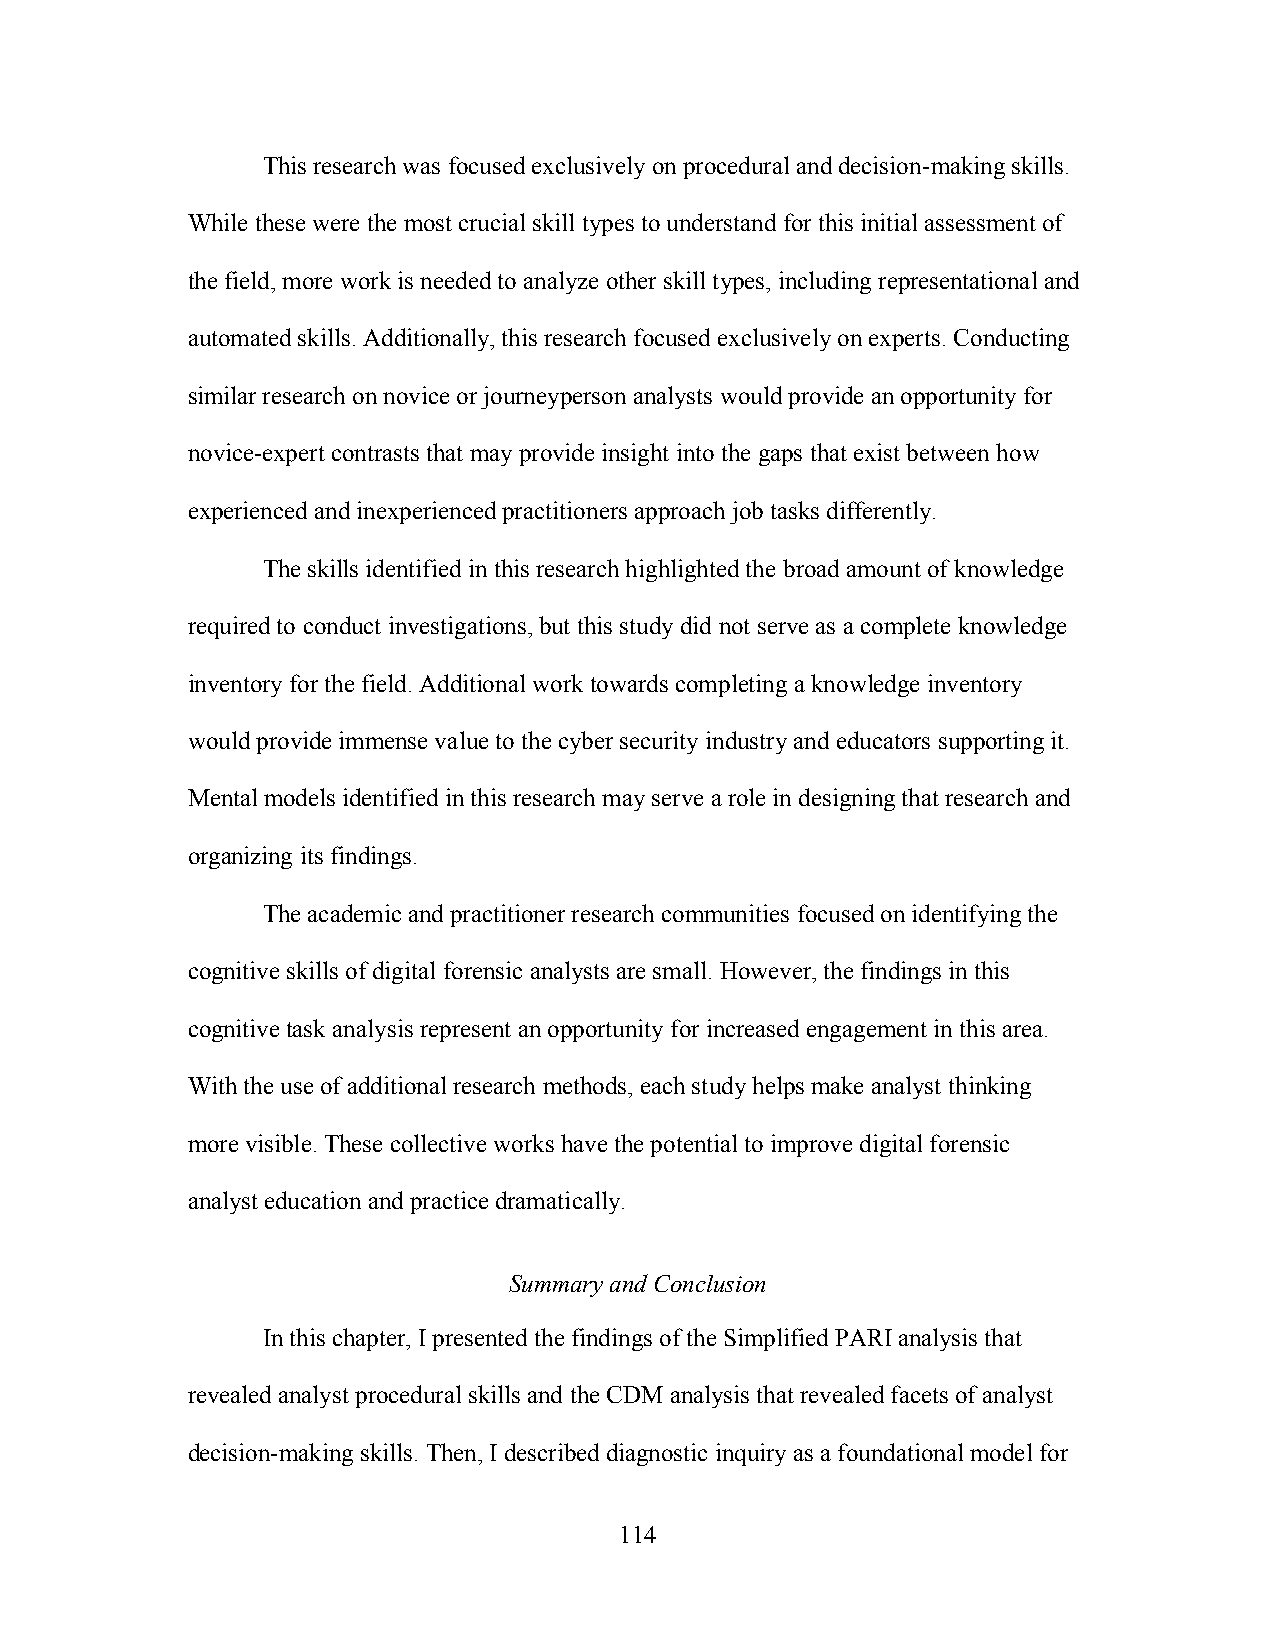
This research was focused exclusively on procedural and decision-making skills.
 While these were the most crucial skill types to understand for this initial assessment of
 the field, more work is needed to analyze other skill types, including representational and
 automated skills. Additionally, this research focused exclusively on experts. Conducting
 similar research on novice or journeyperson analysts would provide an opportunity for
 novice-expert contrasts that may provide insight into the gaps that exist between how
 experienced and inexperienced practitioners approach job tasks differently.
 The skills identified in this research highlighted the broad amount of knowledge
 required to conduct investigations, but this study did not serve as a complete knowledge
 inventory for the field. Additional work towards completing a knowledge inventory
 would provide immense value to the cyber security industry and educators supporting it.
 Mental models identified in this research may serve a role in designing that research and
 organizing its findings.
 The academic and practitioner research communities focused on identifying the
 cognitive skills of digital forensic analysts are small. However, the findings in this
 cognitive task analysis represent an opportunity for increased engagement in this area.
 With the use of additional research methods, each study helps make analyst thinking
 more visible. These collective works have the potential to improve digital forensic
 analyst education and practice dramatically.
 Summary and Conclusion
 In this chapter, I presented the findings of the Simplified PARI analysis that
 revealed analyst procedural skills and the CDM analysis that revealed facets of analyst
 decision-making skills. Then, I described diagnostic inquiry as a foundational model for
 114